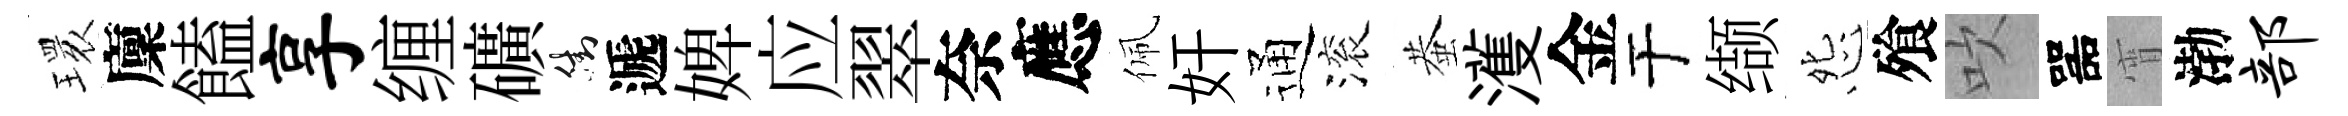
𤨔廩饁享缠礦街遞婢应翠奈應佩奸通滚蛬濩金于缬怨飱吹噐宵渤部